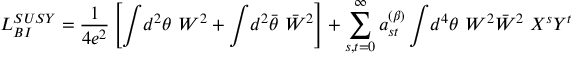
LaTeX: { \cal L } _ { { B I } } ^ { { S U S Y } } = \frac { 1 } { 4 e ^ { 2 } } \left[ \int \! d ^ { 2 } \theta ~ W ^ { 2 } + \int \! d ^ { 2 } \bar { \theta } ~ \bar { W } ^ { 2 } \right] + \sum _ { s , t = 0 } ^ { \infty } a _ { s t } ^ { ( \beta ) } \int \! d ^ { 4 } \theta ~ W ^ { 2 } \bar { W } ^ { 2 } ~ X ^ { s } Y ^ { t }